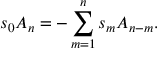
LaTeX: s _ { 0 } A _ { n } = - \sum _ { m = 1 } ^ { n } s _ { m } A _ { n - m } .